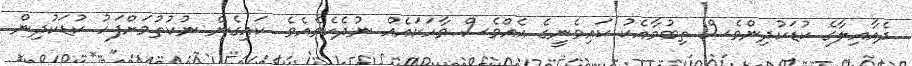
ދެއާއިލާގެ ކުޑަކުދިންވެސް ތިބުމާއެކު ކައިވެނީގެ އެއްވެސް ވާހަކައެއް ނުދެކެވެއެވެ. ކައިގެން ނުކުތުމަށްފަހު ކުޑަކުދިން